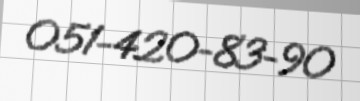
051-420-83-90